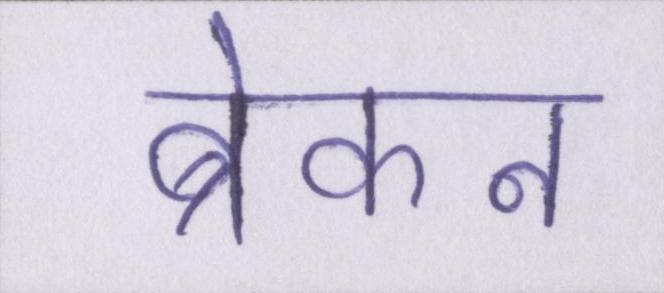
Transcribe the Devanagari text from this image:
ब्रेकन